Annual report on the mental hospital in the Central Provinces and Berar (Nagpur) - 1927-1951
Year: 1927
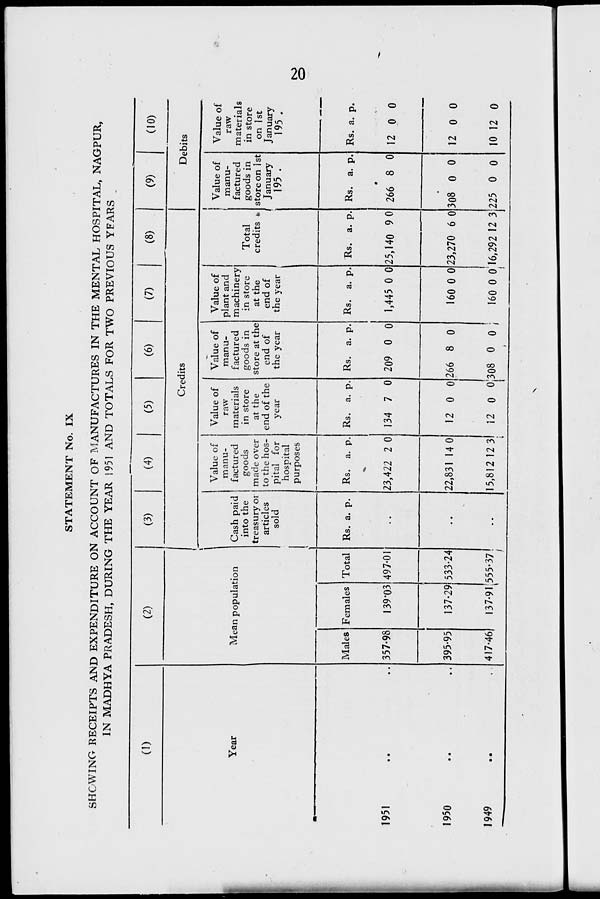
STATEMENT No. IX
SHCWING RECEIPTS AND EXPENDITURE ON ACCOUNT OF MANUFACTURES IN THE MENTAL HOSPITAL, NAGPUR,
IN MADHYA PRADESH, DURING THE YEAR 1951 AND TOTALS FOR TWO PREVIOUS YFARS
(D
Year
1951
1950
1949
(2)
(3)
(4)
(5)
(6)
(7)
(8)
(9)
(10)
Credits
Debits
Mean population
Cash paid
into the
treasury or
articles
sold
Males
357-98
395-95
417-46
Females
139*03
137-29
Total
497-01
533-24
137-91|555-37
Rs. a. p.
Value of
manu-
factured
goods
made over
to the hos-
pital for
hospital
purposes
Rs. a. p
23,422 2 0
22,831 14 0
Value of
raw
materials
in store
at the
end of the
year
Rs. a. p
134 7 0
12 0 0
Value of
manu-
factured
goods in
store at the
end of
the year
Rs. a. p.
209 0 0
266 8 0
Value of
plant and
machinery
in store
at the
end of
the year ,
Total
credits <•
Rs. a. p.
1,445 0 0
160 0 0
Rs. a. p.
25,140 9 0
23,270 6 0
15,812 12 31 12 0 0J308 0 oj
160 0 o'l6,292 12 3
Value of
manu-
factured
goods in
store on 1 st
January
195 .
Rs. a. p.
266 8 0
308 0 0
Value of
raw
materials
in store
on 1st
January
195 .
Rs. a. p.
2 0 0
12 0 0
225 0 0 10 12 0
o